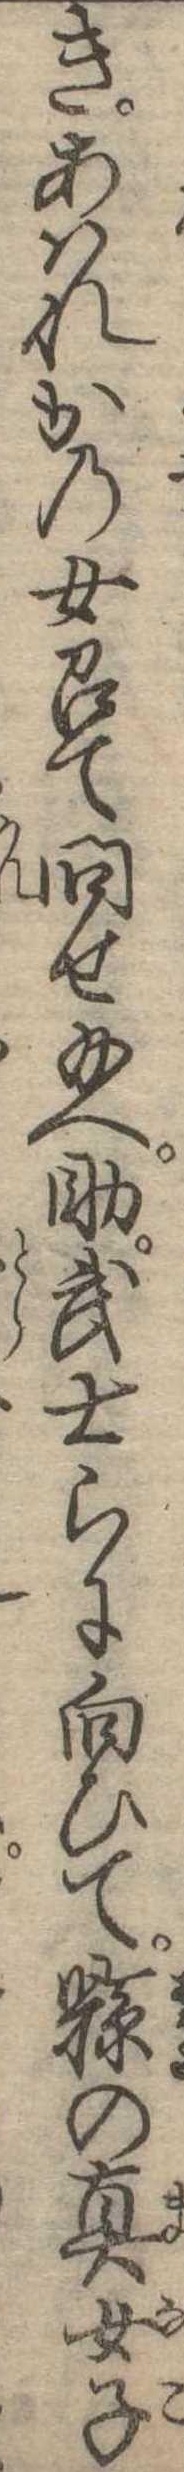
きあはれかの女召て問せ給へ助武士らに向ひて県の真女子